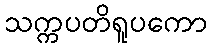
သက္ကပတိရူပကော